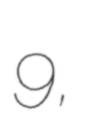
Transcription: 9,